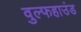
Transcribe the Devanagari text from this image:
वुल्फहाउंड